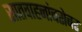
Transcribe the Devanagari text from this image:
सातवाहनांबरोबर